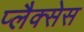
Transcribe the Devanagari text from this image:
प्लैक्सेस